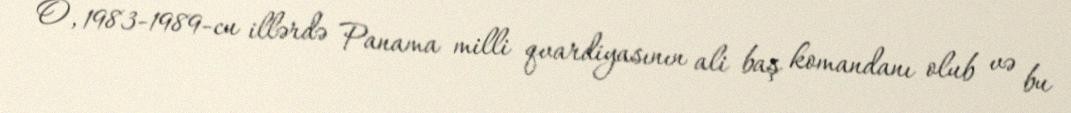
O, 1983-1989-cu illərdə Panama milli qvardiyasının ali baş komandanı olub və bu